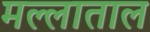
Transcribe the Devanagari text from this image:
मल्लाताल